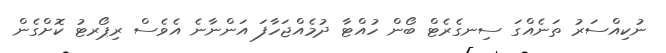
ނުކިއްސަރު ތަނެއްގަ ސިނގެރެޓް ބޯން ހުއްޓާ ދުމެއްޖަހާފަ އަންނާނެ އެވެސް ރިޕޯރޓު ކޮށްގެން